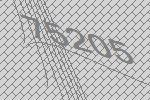
75205